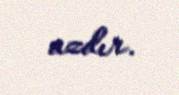
azdır.